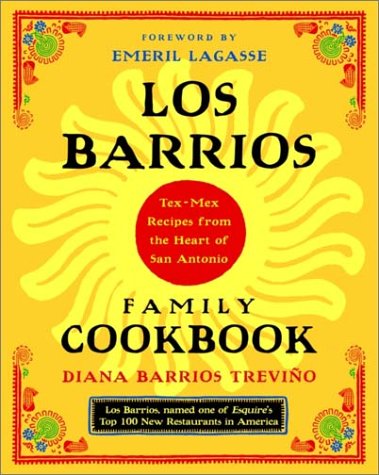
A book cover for Los Barrios Family Cookbook: Tex-Mex Recipes from the Heart of San Antonio; Diana Barrios Trevino; Cookbooks, Food & Wine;